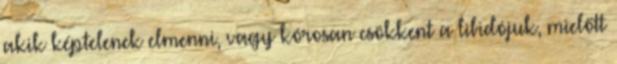
akik képtelenek elmenni, vagy kórosan csökkent a libidójuk, mielőtt